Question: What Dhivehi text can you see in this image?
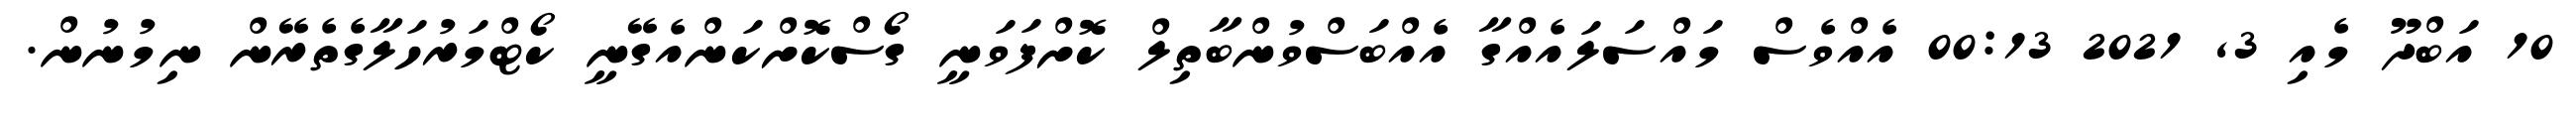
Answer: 10 އަބްދޫ މެއި 3, 2021 00:13 އެއްވެސް މައްސަލައެއްގާ އެއްބަސްވުންބާތިލް ކޮށްފަވަނީ ގޯސްކޮށްކަންއެގޭނީ ކޯޓްމަރުހަލާގެތެރޭން ނިމުނުން.